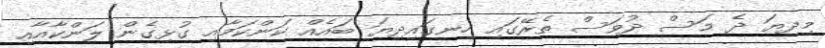
މިދިޔަ ދެ މަސް ދުވަސް ތެރޭގައި ހިނގައިދިޔަ ބައެއް ކަންކަމާއި ގުޅިގެން ލަަންކާއާއި